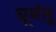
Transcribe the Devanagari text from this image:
घूमंतू